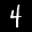
Label: 4